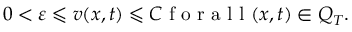
0 < \varepsilon \leqslant v ( x , t ) \leqslant C \mathrm { ~ f ~ o ~ r ~ a ~ l ~ l ~ } ( x , t ) \in Q _ { T } .